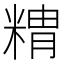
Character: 䊘